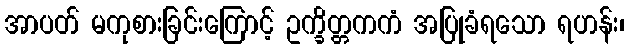
အာပတ် မကုစားခြင်းကြောင့် ဥက္ခိတ္တကကံ အပြုခံရသော ရဟန်း၊